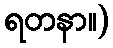
ရတနာ။)